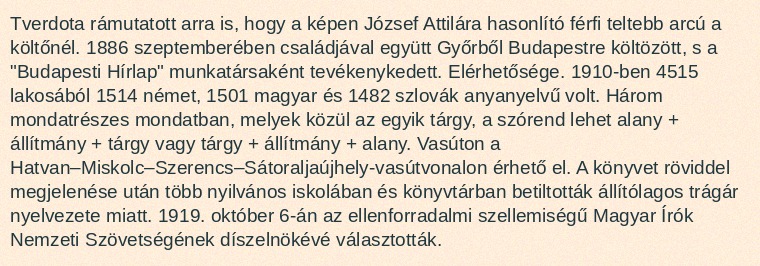
Tverdota rámutatott arra is, hogy a képen József Attilára hasonlító férfi teltebb arcú a költőnél. 1886 szeptemberében családjával együtt Győrből Budapestre költözött, s a "Budapesti Hírlap" munkatársaként tevékenykedett. Elérhetősége. 1910-ben 4515 lakosából 1514 német, 1501 magyar és 1482 szlovák anyanyelvű volt. Három mondatrészes mondatban, melyek közül az egyik tárgy, a szórend lehet alany + állítmány + tárgy vagy tárgy + állítmány + alany. Vasúton a Hatvan–Miskolc–Szerencs–Sátoraljaújhely-vasútvonalon érhető el. A könyvet röviddel megjelenése után több nyilvános iskolában és könyvtárban betiltották állítólagos trágár nyelvezete miatt. 1919. október 6-án az ellenforradalmi szellemiségű Magyar Írók Nemzeti Szövetségének díszelnökévé választották.